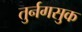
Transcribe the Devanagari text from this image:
तुर्नगसुक